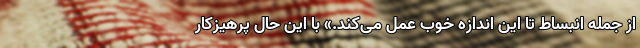
از جمله انبساط تا این اندازه خوب عمل می‌کند.» با این حال پرهیزکار